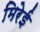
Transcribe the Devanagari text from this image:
मिरेई